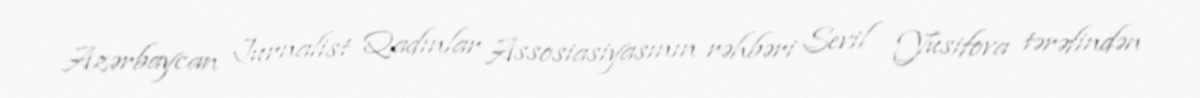
Azərbaycan Jurnalist Qadınlar Assosiasiyasının rəhbəri Sevil Yusifova tərəfindən